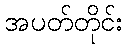
အပတ်တိုင်း